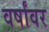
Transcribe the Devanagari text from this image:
वर्षांवर